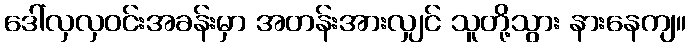
ဒေါ်လှလှဝင်းအခန်းမှာ အတန်းအားလျှင် သူတို့သွား နားနေကျ။